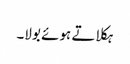
ہکلاتے ہوئے بولا۔